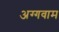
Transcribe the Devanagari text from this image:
अग्गवाम